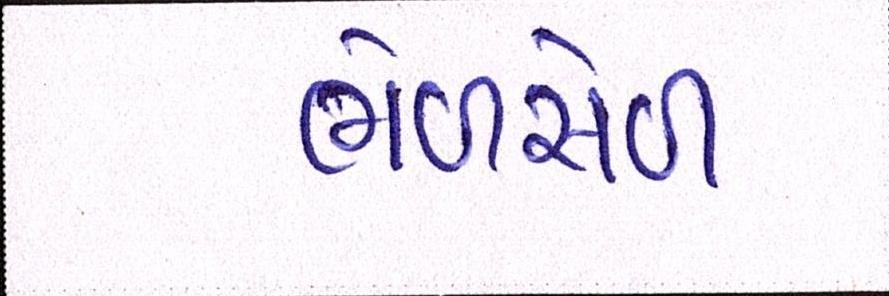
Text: ભેળસેળ